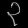
Digit: ၃